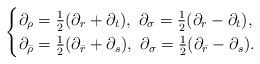
LaTeX: \begin{align*}\begin{cases}\partial_\rho = \frac12(\partial_r + \partial_t), \ \partial_{\sigma} = \frac12(\partial_r - \partial_t), \\\partial_{\bar{\rho}} = \frac12(\partial_{\bar{r}} + \partial_s), \ \partial_{\sigma} = \frac12(\partial_{\bar{r}} - \partial_s).\end{cases}\end{align*}